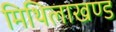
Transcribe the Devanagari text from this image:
मिथिलाखण्ड